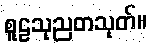
စူဠသုညတသုတ်။